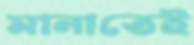
মানাতেই